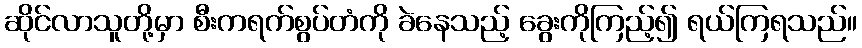
ဆိုင်လာသူတို့မှာ စီးကရက်စွပ်တံကို ခဲနေသည့် ခွေးကိုကြည့်၍ ရယ်ကြရသည်။